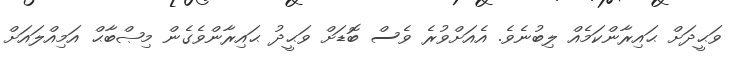
ވަޙީދަށް ޙައިރާންކަމެއް ލިބުނެވެ. އެއަށްވުރެ ވެސް ބޮޑަށް ވަޙީދު ޙައިރާންވެގެން މިޞްބާޙް އަމިއްލައަށް